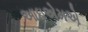
આઇએમએ